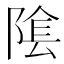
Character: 隂